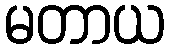
မတာယ